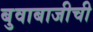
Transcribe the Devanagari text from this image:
बुवाबाजीची